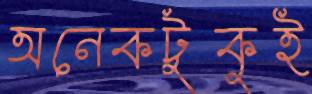
অনেকটুকুই